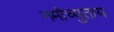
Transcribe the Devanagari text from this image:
नमोच्युताय